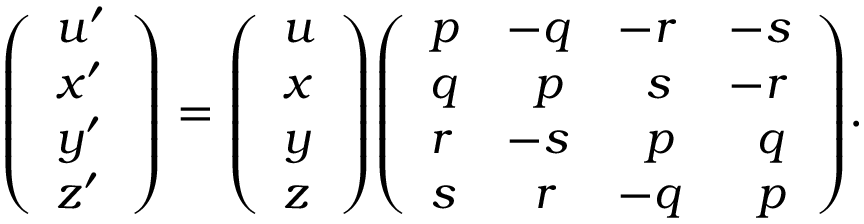
{ \left( \begin{array} { l } { u ^ { \prime } } \\ { x ^ { \prime } } \\ { y ^ { \prime } } \\ { z ^ { \prime } } \end{array} \right) } = { \left( \begin{array} { l } { u } \\ { x } \\ { y } \\ { z } \end{array} \right) } { \left( \begin{array} { l l l l } { p } & { - q } & { - r } & { - s } \\ { q } & { \; \, \, p } & { \; \, \, s } & { - r } \\ { r } & { - s } & { \; \, \, p } & { \; \, \, q } \\ { s } & { \; \, \, r } & { - q } & { \; \, \, p } \end{array} \right) } .